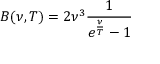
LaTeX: B ( \nu , T ) = 2 \nu ^ { 3 } { \frac { 1 } { e ^ { \frac { \nu } { T } } - 1 } }